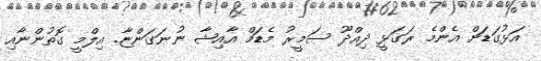
އަޅުގަޑަށް އެންމެ ރަގަޅީ ދިއްދޫ ސަމީރު މެޑަމް އާއިޝާ ނުނަގަންޏާ. އިލްމީ ގޮތުންނާއި